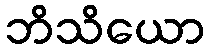
ဘိသိယော